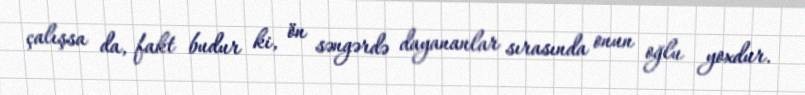
çalışsa da, fakt budur ki, ön səngərdə dayananlar sırasında onun oğlu yoxdur.